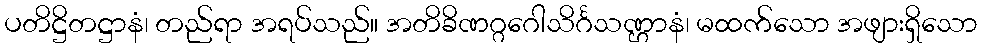
ပတိဋ္ဌိတဋ္ဌာနံ၊ တည်ရာ အရပ်သည်။ အတိခိဏဂ္ဂဂေါသိင်္ဂသဏ္ဌာနံ၊ မထက်သော အဖျားရှိသော